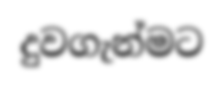
දුවගැන්මට